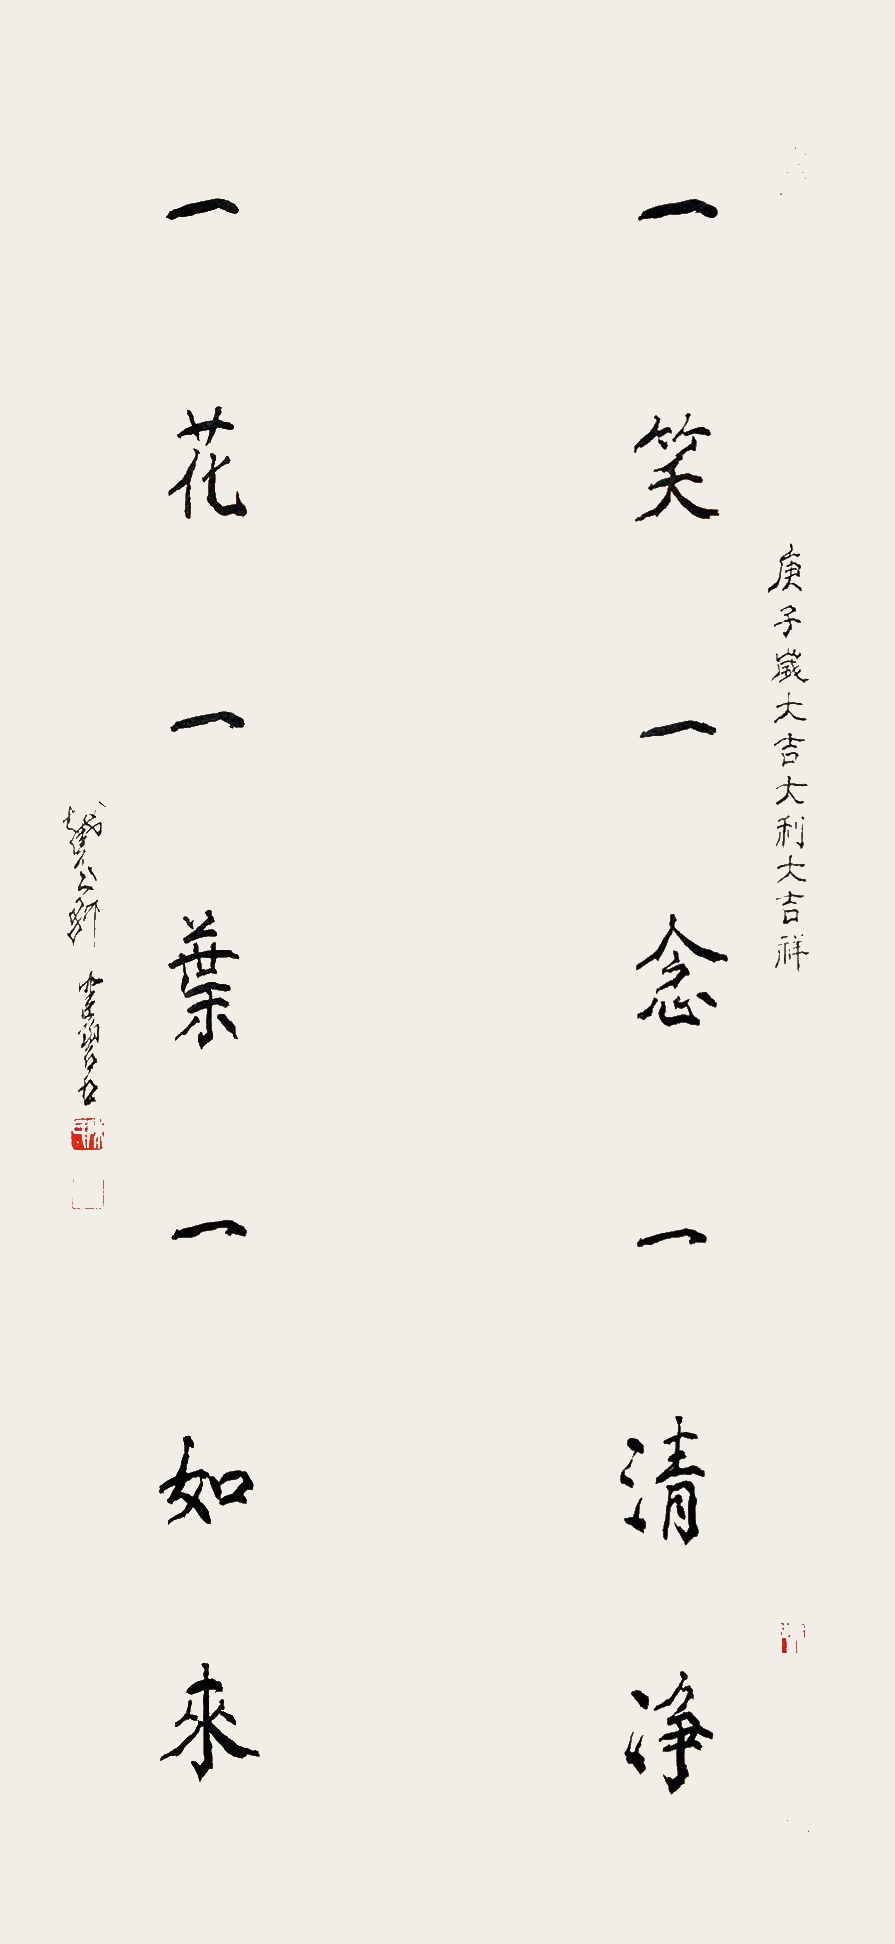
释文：一笑一念一清净，一花一叶一如来。庚子岁大吉大利大吉祥。截玉轩健碧书。